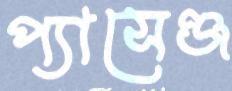
প্যাসেঞ্জ